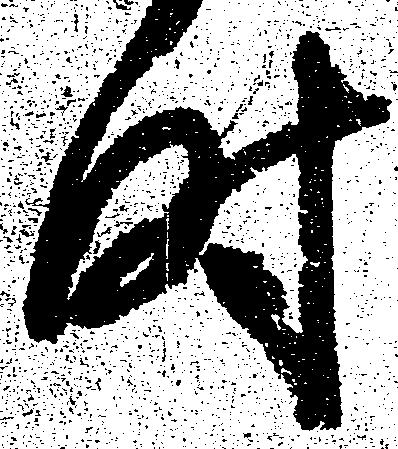
時